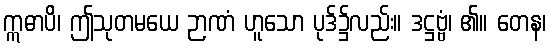
ဣဓာပိ၊ ဤသုတမယေ ဉာဏံ ဟူသော ပုဒ်၌လည်း။ ဒဋ္ဌဗ္ဗံ၊ ၏။ တေန၊